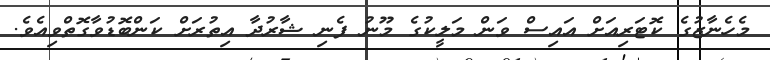
މެހެނާޒުގެ ކޮޓަރިއަށް އައިސް ވަން މަލީކުގެ މޫނު ފެނި ޝާރުދާ އިތުރަށް ކަންބޮޑުވާގޮތްވިއެވެ.